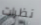
نظرات